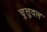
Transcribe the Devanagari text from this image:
चुत्तुवल